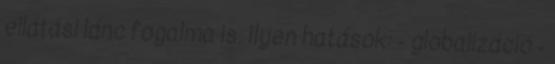
ellátási lánc fogalma is. Ilyen hatások: - globalizáció -